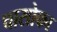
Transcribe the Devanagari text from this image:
चासोका